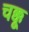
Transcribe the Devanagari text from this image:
चक्कू